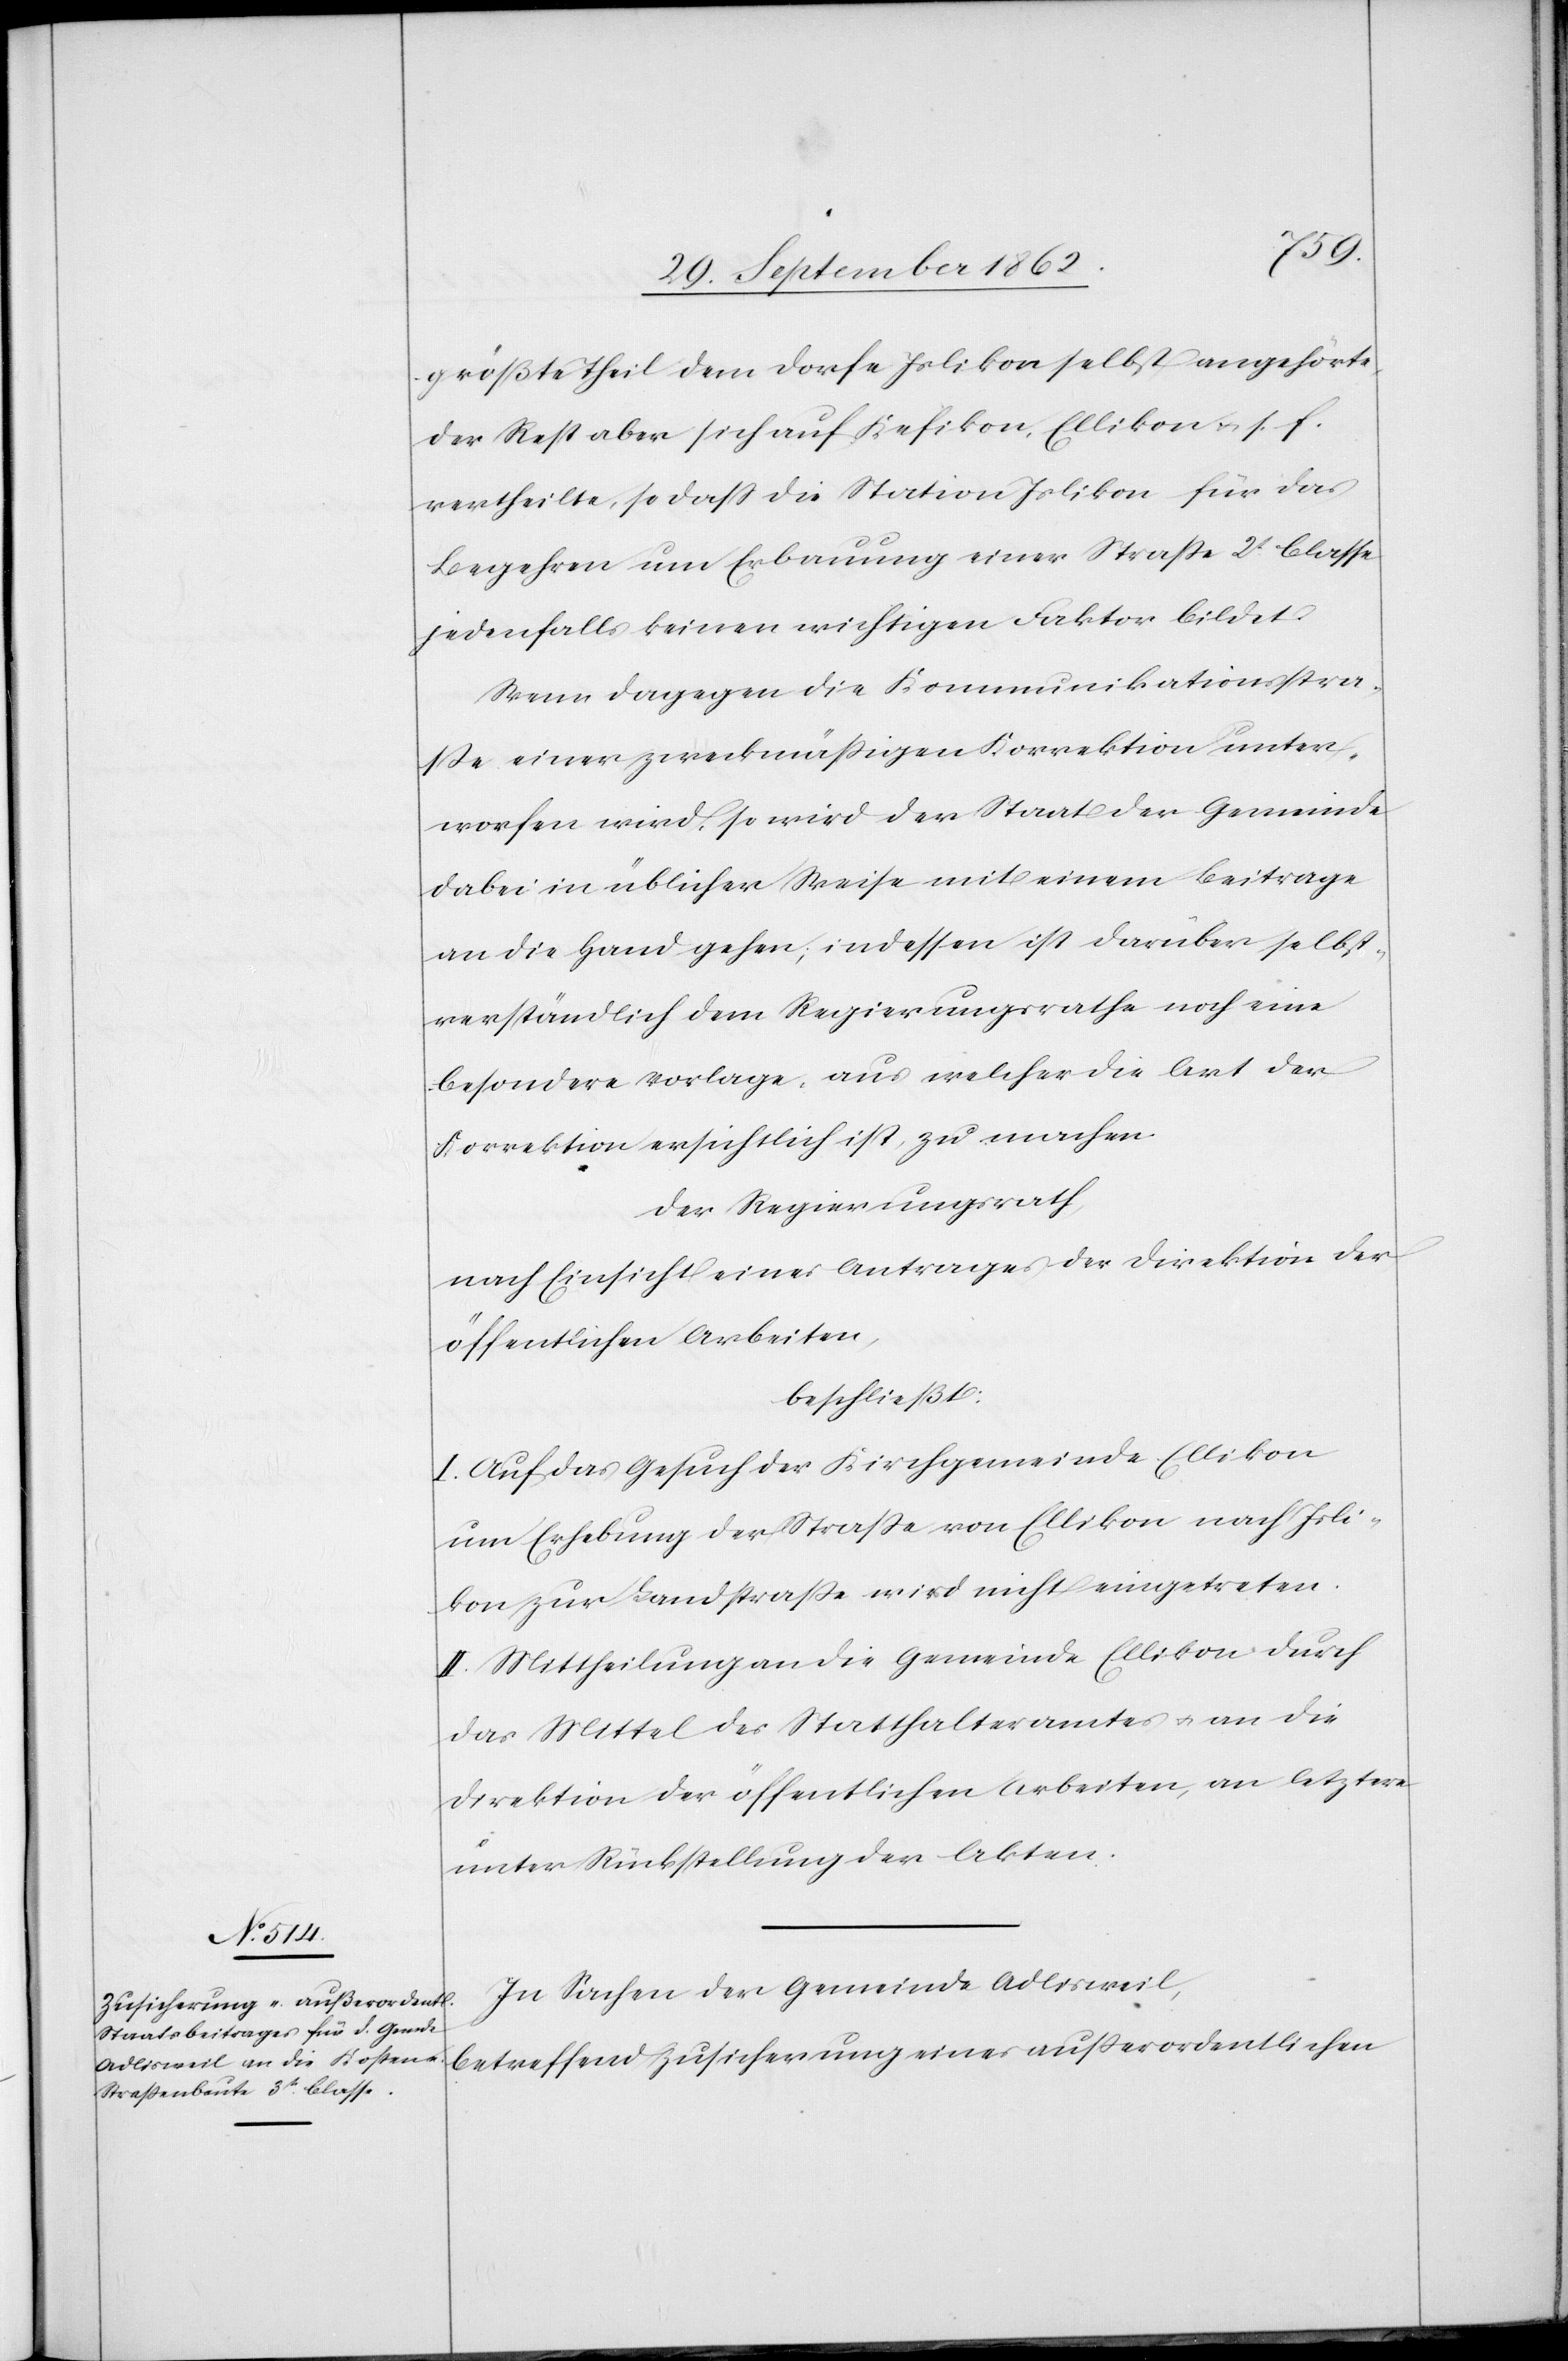
größte Theil dem Dorfe Islikon selbst angehörte,
der Rest aber sich auf Kefikon, Ellikon u. s. f.
vertheilte, so daß die Station Islikon für das
Begehren um Erbauung einer Straße 2t Classe
jedenfalls keinen wichtigen Faktor bildet.
Wenn dagegen die Kommunikationsstra¬
ße einer zweckmäßigen Korrektion unter¬
worfen wird, so wird der Staat der Gemeinde
dabei in üblicher Weise mit einem Beitrage
an die Hand gehen, indessen ist darüber selbst¬
verständlich dem Regierungsrathe noch eine
besondere Vorlage, aus welcher die Art der
Korrektion ersichtlich ist, zu machen.
Der Regierungsrath,
nach Einsicht eines Antrages der Direktion der
öffentlichen Arbeiten,
beschließt:
I. Auf das Gesuch der Kirchgemeine Ellikon
um Erhebung der Straße von Ellikon nach Isli¬
kon zur Landstraße wird nicht eingetreten.
II. Mittheilung an die Gemeinde Ellikon durch
das Mittel des Statthalteramtes u. an die
Direktion der öffentlichen Arbeiten, an letztere
unter Rückstellung der Akten.
In Sachen der Gemeinde Adlisweil,
betreffend Zusicherung eines außerordentlichen